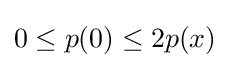
0\leq p(0)\leq 2p(x)